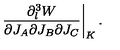
\left. { \frac { \partial _ { l } ^ { 3 } W } { \partial J _ { A } \partial J _ { B } \partial J _ { C } } } \right| _ { K } .